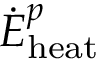
\dot { E } _ { \mathrm { h e a t } } ^ { p }